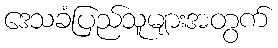
ဒေသခံပြည်သူများအတွက်